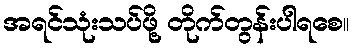
အရင်သုံးသပ်ဖို့ တိုက်တွန်းပါရစေ။